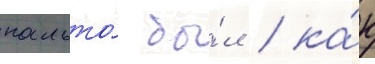
пальто́ бы́л / ка́к